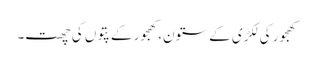
کھجور کی لکڑی کے ستون،کھجور کے پتوں کی چھت۔